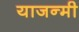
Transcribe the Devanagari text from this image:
याजन्मी